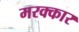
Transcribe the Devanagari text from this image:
मरक्कार